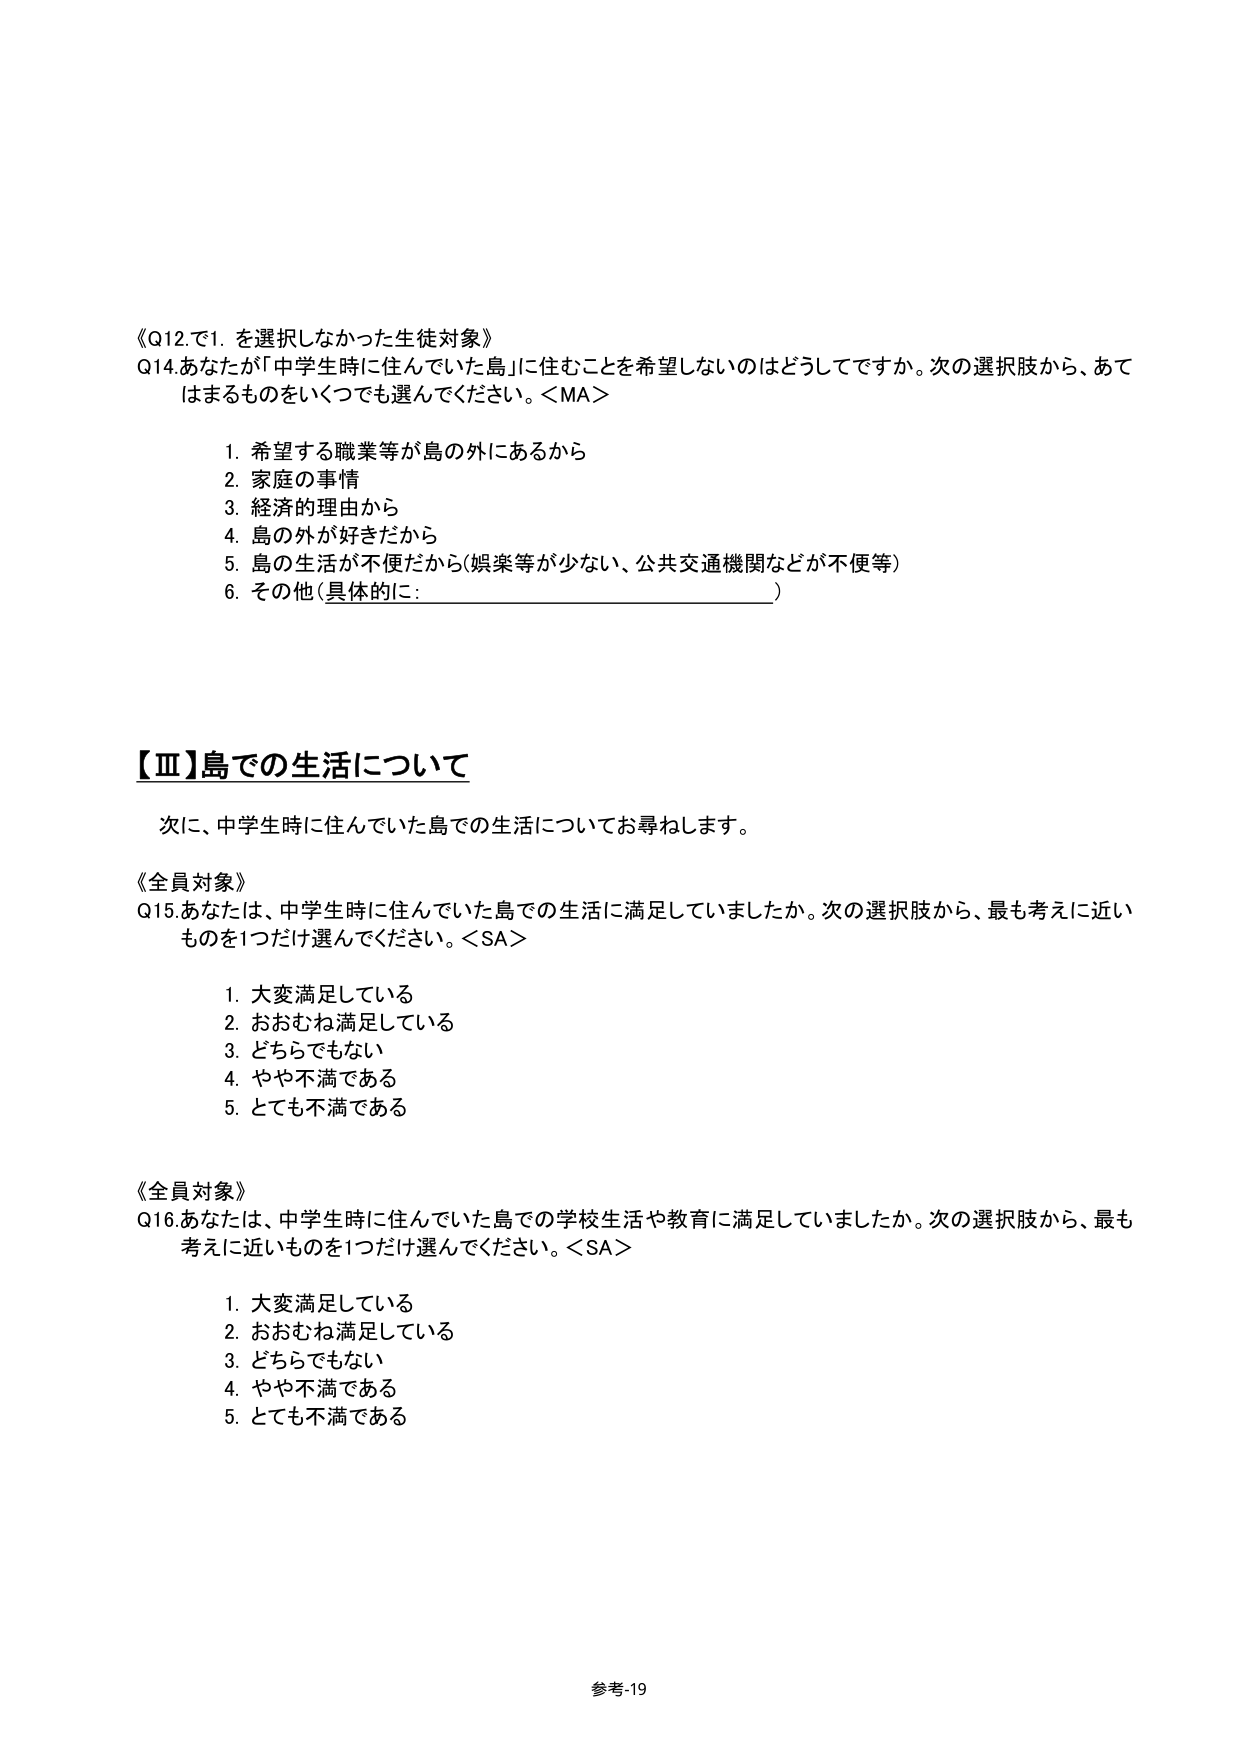
《Q12.で1. を選択しなかった生徒対象》
Q14.あなたが「中学生時に住んでいた島」に住むことを希望しないのはどうしてですか。次の選択肢から、あてはまるものをいくつでも選んでください。＜MA＞

1. 希望する職業等が島の外にあるから
2. 家庭の事情
3. 経済的理由から
4. 島の外が好きだから
5. 島の生活が不便だから（娯楽等が少ない、公共交通機関などが不便等）
6. その他（具体的に：_________________________）

【Ⅲ】島での生活について

次に、中学生時に住んでいた島での生活についてお尋ねします。

《全員対象》
Q15.あなたは、中学生時に住んでいた島での生活に満足していましたか。次の選択肢から、最も考えに近いものを1つだけ選んでください。＜SA＞

1. 大変満足している
2. おおむね満足している
3. どちらでもない
4. やや不満である
5. とても不満である

《全員対象》
Q16.あなたは、中学生時に住んでいた島での学校生活や教育に満足していましたか。次の選択肢から、最も考えに近いものを1つだけ選んでください。＜SA＞

1. 大変満足している
2. おおむね満足している
3. どちらでもない
4. やや不満である
5. とても不満である

参考-19